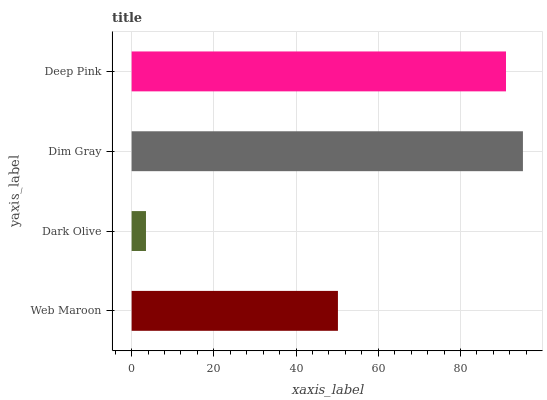
| yaxis_label | bars |
 | --- | --- |
 | Web Maroon | 50.2 |
 | Dark Olive | 3.49 |
 | Dim Gray | 95.2 |
 | Deep Pink | 91.1 |